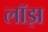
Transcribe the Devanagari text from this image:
लॉझ